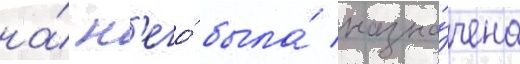
на́ н'его́ была́ назна́чена